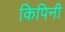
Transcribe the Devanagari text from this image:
किपिनी